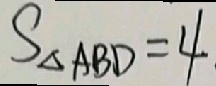
S _ { \Delta A B D } = 4